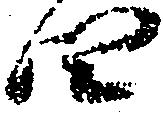
四